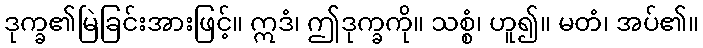
ဒုက္ခ၏မြဲခြင်းအားဖြင့်။ ဣဒံ၊ ဤဒုက္ခကို။ သစ္စံ၊ ဟူ၍။ မတံ၊ အပ်၏။